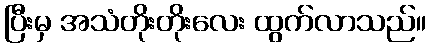
ပြီးမှ အသံတိုးတိုးလေး ထွက်လာသည်။